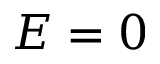
E = 0